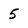
Character: 5